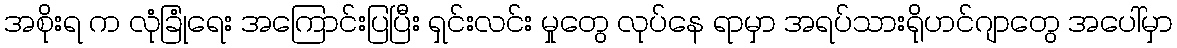
အစိုးရ က လုံခြုံရေး အကြောင်းပြပြီး ရှင်းလင်း မှုတွေ လုပ်နေ ရာမှာ အရပ်သားရိုဟင်ဂျာတွေ အပေါ်မှာ